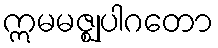
ဣမမဇ္ဈုပါဂတော